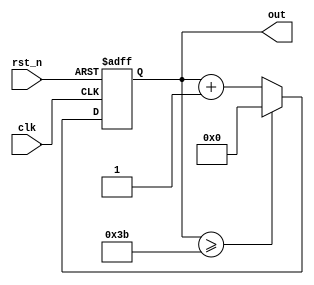
//
module  cnt6(   out, 
		clk, 
		rst_n)   ;

output  [5:0] 	out      ; 

input 		clk 	 ; 
input 	        rst_n 	 ;

reg     [5:0]   out 	 ; 

always @(posedge clk or negedge rst_n) begin 
	if(rst_n == 1'b0) begin 
		out <= 6'd0; 
	end else begin 
		if(out >= 6'd59) begin 
			out <= 6'd0; 
		end else begin 
			out <= out + 1'b1; 
		end 
	end 
end 

endmodule


// Numerical Controlled Oscillator module nco( clk_1hz, num, clk, rst_n);
module nco(   clk_1hz, 
	      num, 
	      clk, 
	      rst_n)	;

output        clk_1hz 	; // 1Hz CLK

input  [31:0] num 	; 
input 	      clk 	; // 50Mhz CLK 
input 	      rst_n     ;

reg    [31:0] cnt 	; 
reg 	      clk_1hz   ; 

always @(posedge clk or negedge rst_n) begin 
	if(rst_n == 1'b0) begin 
		cnt <= 32'd0 ; 
		clk_1hz <= 1'd0; 
	end else begin 
		if(cnt >= num/2-1) begin 
			cnt <= 32'd0 ; 
			clk_1hz <= ~clk_1hz; 
		end else begin 
			cnt <= cnt + 1'b1; 
		end 
	end 
end

endmodule


//
module top_cnt(   out, 
		  num, 
	   	  clk, 
		  rst_n)   ;

output  [5:0]     out 	   ;
input   [31:0]    num 	   ; 

input 		  clk  	   ; 
input 		  rst_n    ;

wire 		  clk_1hz  ;

nco     u_nco( .clk_1hz  ( clk_1hz ), 
	       .num 	 ( num ), 
	       .clk 	 ( clk ), 
	       .rst_n 	 ( rst_n )) 	;

cnt6   u_cnt6( .out 	 ( out ), 
	       .clk 	 ( clk_1hz ), 
	       .rst_n    ( rst_n ))	;

endmodule